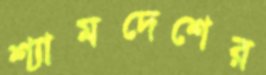
শ্যামদেশের